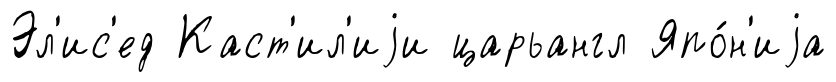
Эл'ис'ед Каст'ил'иjи царьангл Япо́н'иjа